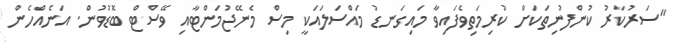
"ސަރުކާރު ކުންފުނިތަކަށް ކުރިމަތިވެފައިވާ މައިގަނޑު މައްސަލައަކީ މިސް މެނޭޖުމަންޓާއި ވޭސްޓް ބޮޑުވުން. އަނެއްހެން